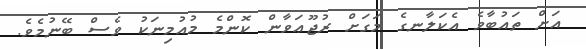
އަށް ތައުބާވެ އެކަލާނގެ މަގަށް ރުޖޫޢަވާން ކޮންމެ މުއުމިނަކު ވެސް ބޭނުމެވެ.